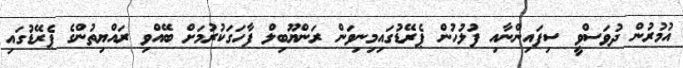
އުމުރުން ދުވަސްވީ ސިފައިންނާއި ފުލުހުން ޕެރޭޑުގައިމިނިވަން ރަންޔޫބިލް ފާހަގަކުރުމަށް ބޭއްވި ރައްޔިތުންގެ ޕެރޭޑުގައި